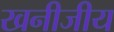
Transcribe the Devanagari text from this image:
खनीजीय